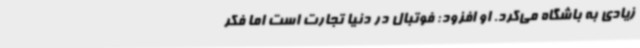
زیادی به باشگاه می‌کرد. او افزود: فوتبال در دنیا تجارت است اما فکر